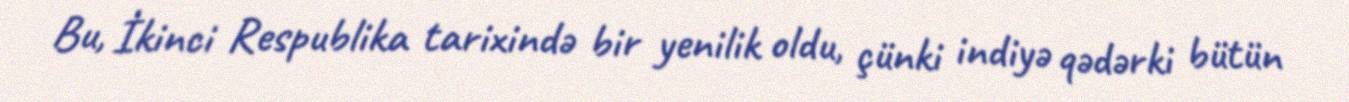
Bu, İkinci Respublika tarixində bir yenilik oldu, çünki indiyə qədərki bütün